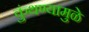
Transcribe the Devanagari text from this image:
कुंथण्यामुळे